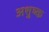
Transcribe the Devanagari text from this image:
अशुष्क